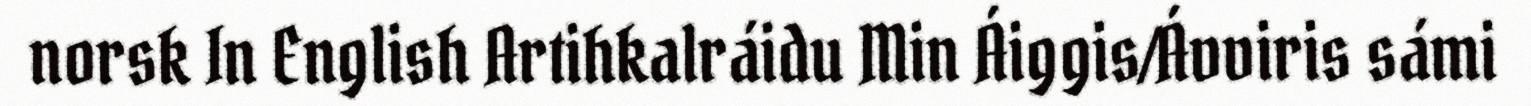
norsk In English Artihkalráidu Min Áiggis/Ávviris sámi